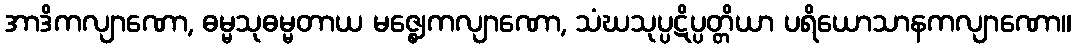
အာဒိကလျာဏော, ဓမ္မသုဓမ္မတာယ မဇ္ဈေကလျာဏော, သံဃသုပ္ပဋိပ္ပတ္တိယာ ပရိယောသာနကလျာဏော။